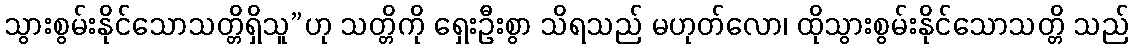
သွားစွမ်းနိုင်သောသတ္တိရှိသူ”ဟု သတ္တိကို ရှေးဦးစွာ သိရသည် မဟုတ်လော၊ ထိုသွားစွမ်းနိုင်သောသတ္တိ သည်